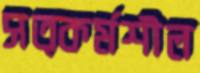
সত্কর্মশীল